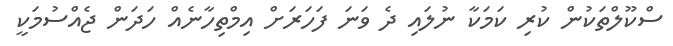
ސްކޫލްތަކުން ކުރި ކަމަކާ ނުލައި ދެ ވަނަ ފަހަރަށް އިމްތިހާނެއް ހަދަން ޖެއްސުމަކީ